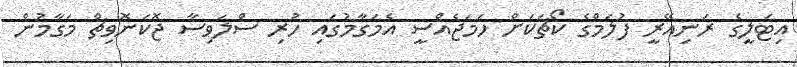
އިޓަލީގެ ރަނިއޭރީ ފުލަމްގެ ކޯޗަކަށް ހަމަޖެއްސީ އެމަގާމުގައި ހުރި ސްލަވިސާ ޖޮކަނޮވިޗް މަގާމުން